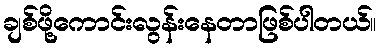
ချစ်ဖို့ကောင်းလွန်းနေတာဖြစ်ပါတယ်။